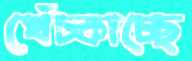
খেঁচ্‌কাচ্ছে